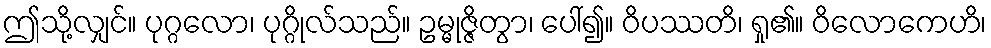
ဤသို့လျှင်။ ပုဂ္ဂလော၊ ပုဂ္ဂိုလ်သည်။ ဥမ္မုဇ္ဇိတွာ၊ ပေါ်၍။ ဝိပဿတိ၊ ရှု၏။ ဝိလောကေဟိ၊